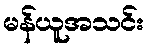
မန်ယူအသင်း